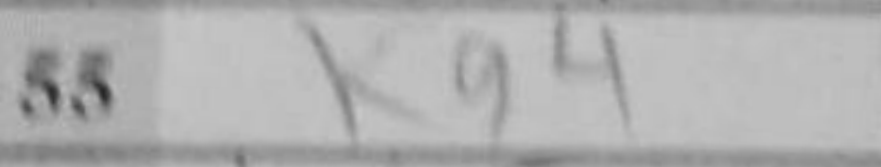
Transcription: Kg4